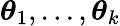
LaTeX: \boldsymbol{\theta}_{1},...,\boldsymbol{\theta}_{k}